65_HS1-834228961_62-HQ-83894_Section_6
Agency: FBI
Page 243
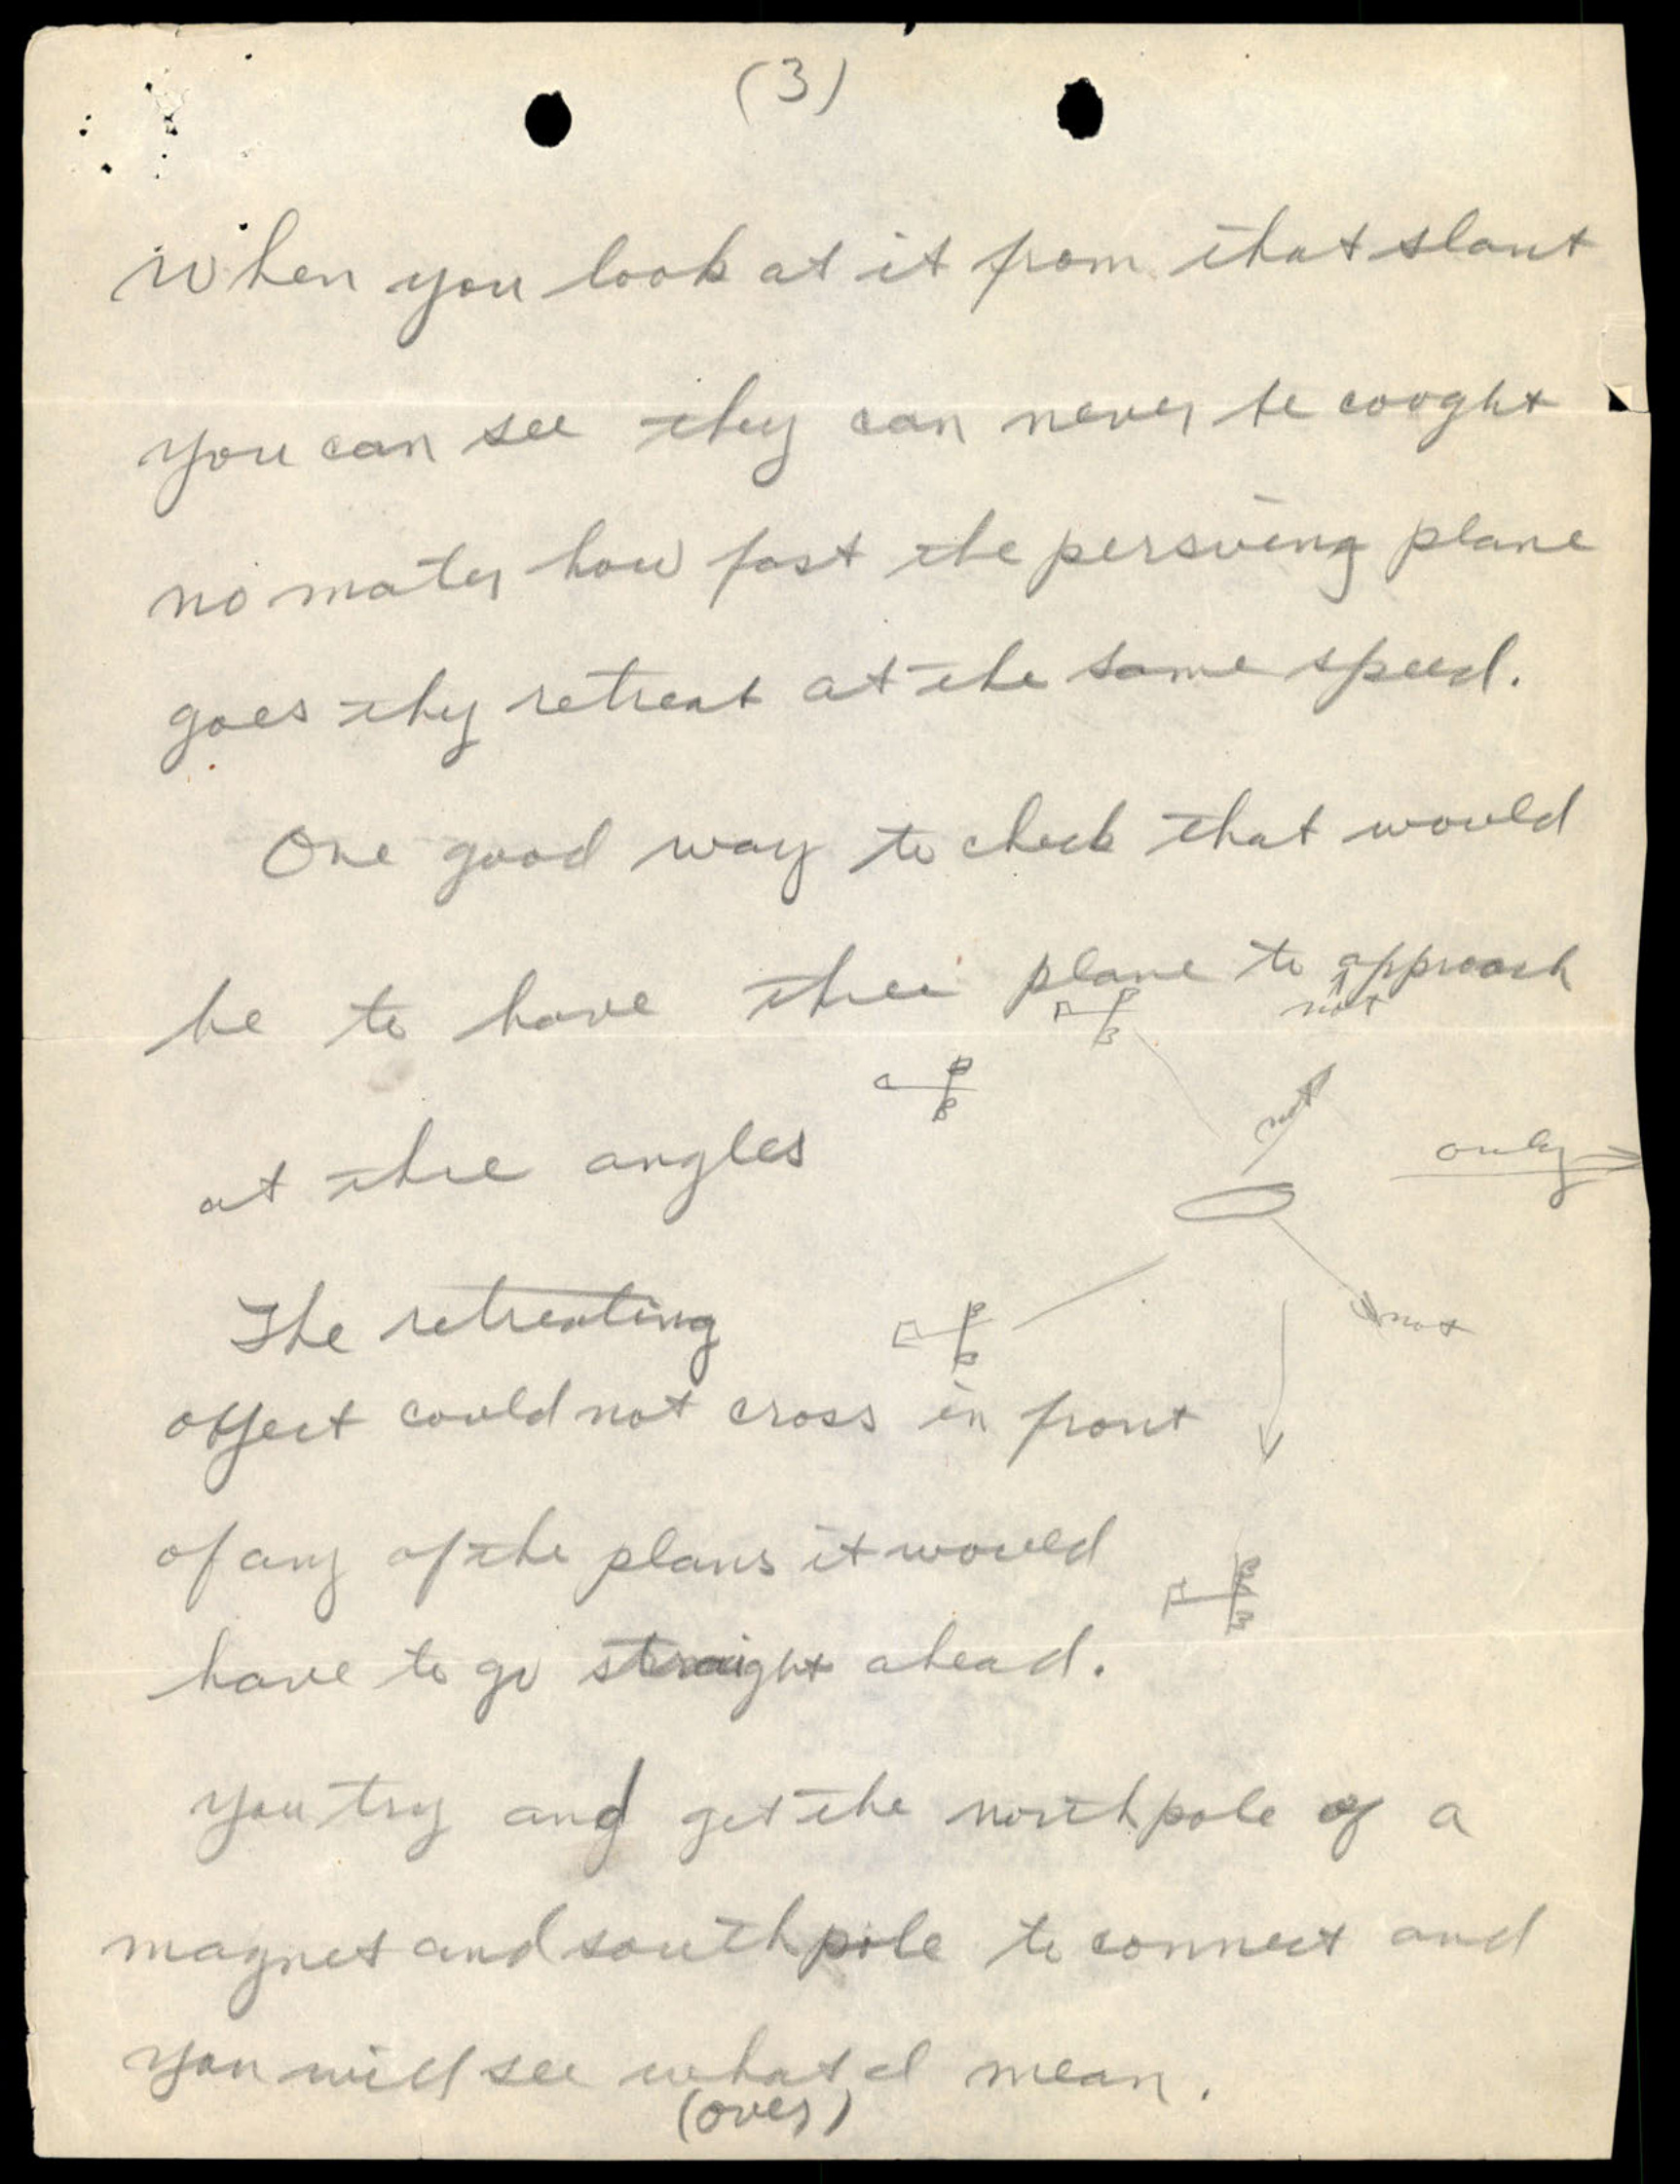